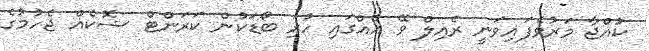
ކުއްޖާ މަރުވެފައިވަނީ ރެއިލް ވޭ އެއްގައި ހުރި ބޯޑަކުން ކަރަންޓް ޝޮކެއް ޖެހުމުގެެ